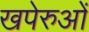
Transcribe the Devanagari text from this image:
खपेरुओं